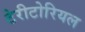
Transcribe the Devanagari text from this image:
टेरीटोरियल